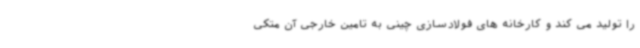
را تولید می کند و کارخانه های فولادسازی چینی به تامین خارجی آن متکی